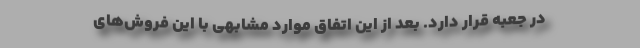
در جعبه قرار دارد. بعد از این اتفاق موارد مشابهی با این فروش‌های